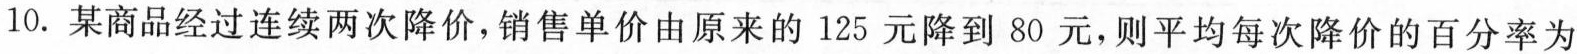
10.某商品经过连续两次降价，销售单价由原来的125元降到80元，则平均每次降价的百分率为